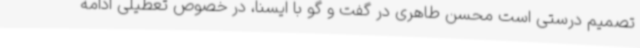
تصمیم درستی است محسن طاهری در گفت و گو با ایسنا، در خصوص تعطیلی ادامه